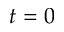
t = 0